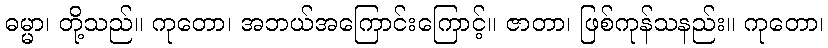
ဓမ္မာ၊ တို့သည်။ ကုတော၊ အဘယ်အကြောင်းကြောင့်။ ဇာတာ၊ ဖြစ်ကုန်သနည်း။ ကုတော၊